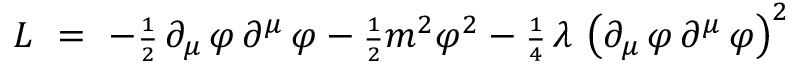
{ \cal L } ~ = ~ - { \scriptstyle \frac { 1 } { 2 } } \, \partial _ { \mu } \, \varphi \, \partial ^ { \mu } \, \varphi - { \scriptstyle \frac { 1 } { 2 } } m ^ { 2 } \varphi ^ { 2 } - { \scriptstyle \frac { 1 } { 4 } } \, \lambda \, \left( \partial _ { \mu } \, \varphi \, \partial ^ { \mu } \, \varphi \right) ^ { 2 }